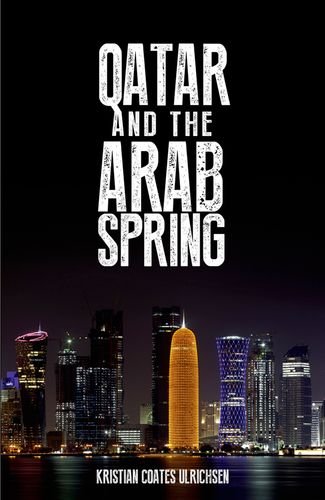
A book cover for Qatar and the Arab Spring; Kristian Coates Ulrichsen; History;